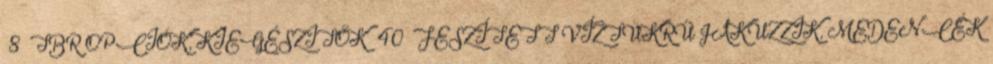
8 TBR OPCIÓK, KIEGÉSZITŐK 40 FESZÍTETT VÍZTÜKRŰ JAKUZZIK, MEDENCÉK